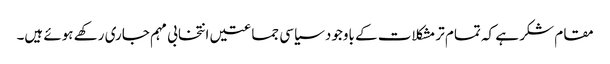
مقام شکر ہے کہ تمام تر مشکلات کے باوجود سیاسی جماعتیں انتخابی مہم جاری رکھے ہوئے ہیں۔